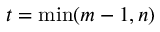
t = \operatorname* { m i n } ( m - 1 , n )